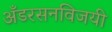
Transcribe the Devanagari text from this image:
अँडरसनविजयी